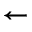
\gets